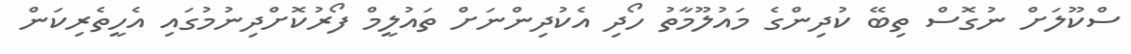
ސްކޫލަށް ނުގޮސް ތިބޭ ކުދިންގެ މައުލޫމާތު ހޯދި އެކުދިންނަށް ތައުލީމް ފޯރުކޮށްދިނުމުގައި އެހީތެރިކަން